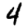
Digit: 4